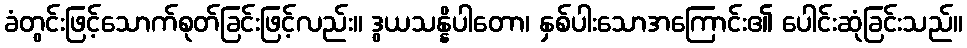
ခံတွင်းဖြင့်သောက်စုတ်ခြင်းဖြင့်လည်း။ ဒွယသန္နိပါတော၊ နှစ်ပါးသောအကြောင်း၏ ပေါင်းဆုံခြင်းသည်။